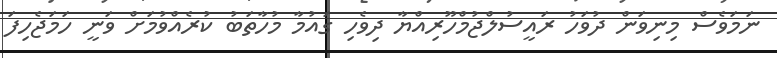
ނަމަވެސް މިނިވަން ދުވަހު ރައީސުލްޖުމްހޫރިއްޔާ ދިވެހި ގައުމާ މުހާތަބު ކުރެއްވުމަށް ވަނީ ހަމަޖެހިފަ